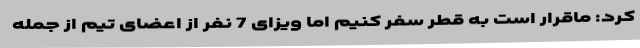
کرد: ماقرار است به قطر سفر کنیم اما ویزای 7 نفر از اعضای تیم از جمله